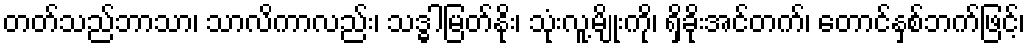
တတ်သည်ဘာသာ၊ သာလိကာလည်း၊ သဒ္ဓါမြတ်နိုး၊ သုံးလူ့မျိုးကို၊ ရှိခိုးအင်တက်၊ တောင်နှစ်ဘက်ဖြင့်၊